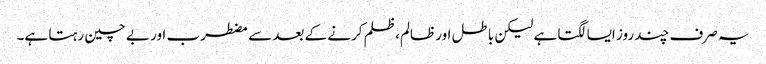
یہ صرف چند روز ایسا لگتا ہے لیکن باطل اور ظالم، ظلم کرنے کے بعد سے مضطرب اور بے چین رہتا ہے۔